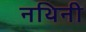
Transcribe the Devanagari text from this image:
नथिनी